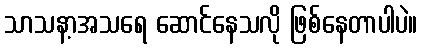
သာသနာ့အသရေ ဆောင်နေသလို ဖြစ်နေတာပါပဲ။